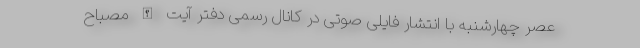
عصر چهارشنبه با انتشار فایلی صوتی در کانال رسمی دفتر آیت الله مصباح